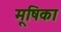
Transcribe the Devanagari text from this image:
मूषिका